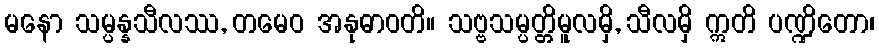
မနော သမ္ပန္နသီလဿ, တမေဝ အနုဓာဝတိ။ သဗ္ဗသမ္ပတ္တိမူလမှိ, သီလမှိ ဣတိ ပဏ္ဍိတော၊